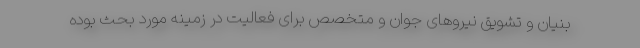
بنیان و تشویق نیروهای جوان و متخصص برای فعالیت در زمینه مورد بحث بوده